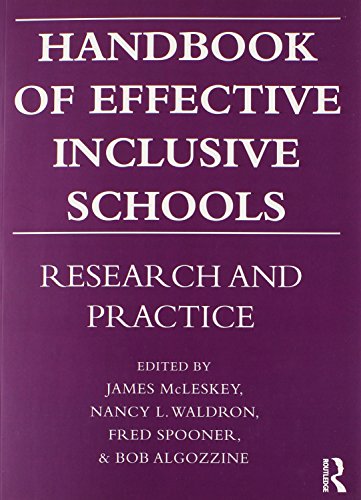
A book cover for Handbook of Effective Inclusive Schools: Research and Practice; Medical Books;